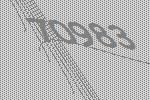
70983